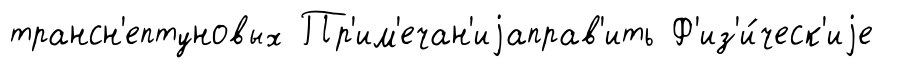
трансн'ептуновых Пр'им'ечан'иjаправ'ить Ф'из'и́ческ'иjе